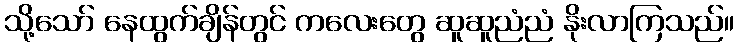
သို့သော် နေထွက်ချိန်တွင် ကလေးတွေ ဆူဆူညံညံ နိုးလာကြသည်။